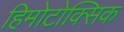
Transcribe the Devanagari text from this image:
हिमोटोक्सिक